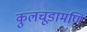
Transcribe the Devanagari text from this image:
कुलचूडामणि